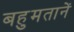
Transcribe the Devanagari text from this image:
बहुमतानें